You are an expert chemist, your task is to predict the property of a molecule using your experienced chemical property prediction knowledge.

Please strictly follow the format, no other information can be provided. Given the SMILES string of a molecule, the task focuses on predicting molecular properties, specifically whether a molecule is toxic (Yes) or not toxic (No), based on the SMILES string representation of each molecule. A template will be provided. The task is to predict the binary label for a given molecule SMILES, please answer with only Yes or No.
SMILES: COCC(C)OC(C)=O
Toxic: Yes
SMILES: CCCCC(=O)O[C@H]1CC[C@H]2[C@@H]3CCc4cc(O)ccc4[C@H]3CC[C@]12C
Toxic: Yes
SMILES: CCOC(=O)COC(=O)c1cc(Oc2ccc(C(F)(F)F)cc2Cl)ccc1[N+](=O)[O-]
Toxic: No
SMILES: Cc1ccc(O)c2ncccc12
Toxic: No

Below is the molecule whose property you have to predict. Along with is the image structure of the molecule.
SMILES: CC1=C(O)C(=O)OC1C
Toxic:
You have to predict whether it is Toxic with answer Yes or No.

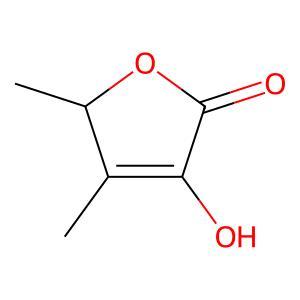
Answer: No